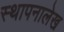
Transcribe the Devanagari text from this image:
स्थापनालेख